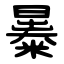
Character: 㬥